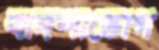
বাদশাভোগ